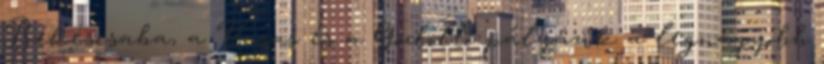
Békéscsaba, a Vasas és a Gödöllő pályázik a legnagyobb